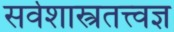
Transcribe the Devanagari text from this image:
सर्वशास्त्रतत्त्वज्ञ